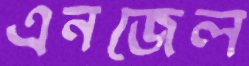
এনজেল